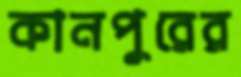
কানপুরের